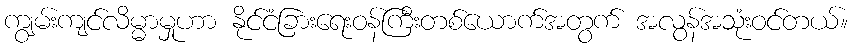
ကျွမ်းကျင်လိမ္မာမှုဟာ နိုင်ငံခြားရေးဝန်ကြီးတစ်ယောက်အတွက် အလွန်အသုံးဝင်တယ်။